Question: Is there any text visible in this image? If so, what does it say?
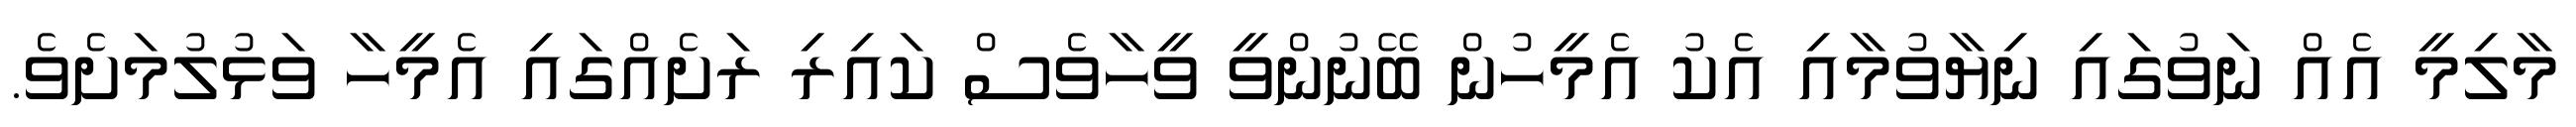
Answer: މާލިމީ އެއް ނަވުގައި ނިޔާވުމާއި އެކު އެމީހުން ބޭނުންވީ ވީހާވެސް ކައިރި ރަށެއްގައި އެމީހާ ވަޅުލުމަށެވެ.